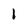
Character: I